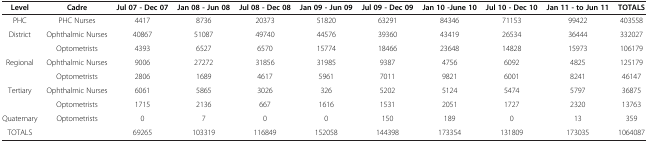
| Level | Cadre | Jul 07 - Dec 07 | Jan 08 - Jun 08 | Jul 08 - Dec 08 | Jan 09 - Jun 09 | Jul 09 - Dec 09 | Jan 10 -June 10 | Jul 10 - Dec 10 | Jan 11 - to Jun 11 | TOTALS |
 | --- | --- | --- | --- | --- | --- | --- | --- | --- | --- | --- |
 | PHC | PHC Nurses | 4417 | 8736 | 20373 | 51820 | 63291 | 84346 | 71153 | 99422 | 403558 |
 | <ROWSPAN=2> District | Ophthalmic Nurses | 40867 | 51087 | 49740 | 44576 | 39360 | 43419 | 26534 | 36444 | 332027 |
 | Optometrists | 4393 | 6527 | 6570 | 15774 | 18466 | 23648 | 14828 | 15973 | 106179 |
 | <ROWSPAN=2> Regional | Ophthalmic Nurses | 9006 | 27272 | 31856 | 31985 | 9387 | 4756 | 6092 | 4825 | 125179 |
 | Optometrists | 2806 | 1689 | 4617 | 5961 | 7011 | 9821 | 6001 | 8241 | 46147 |
 | <ROWSPAN=2> Tertiary | Ophthalmic Nurses | 6061 | 5865 | 3026 | 326 | 5202 | 5124 | 5474 | 5797 | 36875 |
 | Optometrists | 1715 | 2136 | 667 | 1616 | 1531 | 2051 | 1727 | 2320 | 13763 |
 | Quaternary | Optometrists | 0 | 7 | 0 | 0 | 150 | 189 | 0 | 13 | 359 |
 | TOTALS |  | 69265 | 103319 | 116849 | 152058 | 144398 | 173354 | 131809 | 173035 | 1064087 |